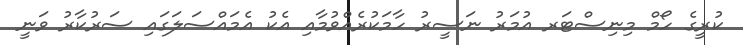
ކުރީގެ ހޯމް މިނިސްޓަރ އުމަރު ނަސީރު ހާމަކުރެއްވުމާއި އެކު އެމައްސަލަގައި ސަރުކާރު ވަނީ